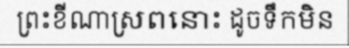
ព្រះខីណាស្រពនោះ ដូចទឹកមិន